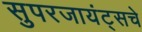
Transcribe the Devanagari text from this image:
सुपरजायंट्सचे